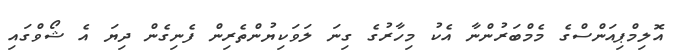
އޮލިމްޕިއަންސްގެ މެމްބަރުންނާ އެކު މިހާރުގެ ގިނަ ލަވަކިޔުންތެރިން ފެނިގެން ދިޔަ އެ ޝޯވްގައި